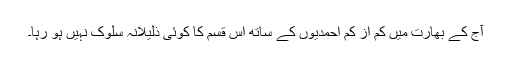
آج کے بھارت میں کم از کم احمدیوں کے ساتھ اس قسم کا کوئی ذلیلانہ سلوک نہیں ہو رہا۔